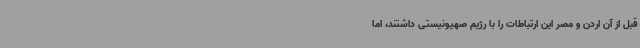
قبل از آن اردن و مصر این ارتباطات را با رژیم صهیونیستی داشتند، اما